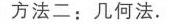
图\ 10—10